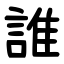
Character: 誰